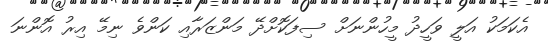
އެކަމަކު އަލީ ވަހީދު މީހުންނަށް ސިފަކޮށްދޭ މަންޒަރާއި ކަންވެ ނިމޭ އިރު އޮންނަ